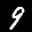
Label: 9